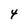
Character: 4